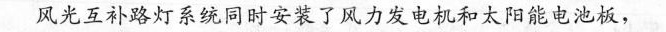
风光互补路灯系统同时安装了风力发电机和太阳能电池板，